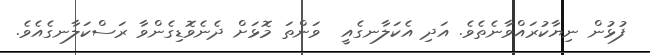
ފުޅުން ނިޔާކުރައްވާނެތެވެ. އަދި އެކަލާނގެއީ  ވަންތަ މޮޅަށް ދެނެވޮޑިގެންވާ ރަސްކަލާނގެއެވެ.